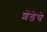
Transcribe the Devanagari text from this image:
शेंडेचे